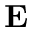
\mathbf { E }